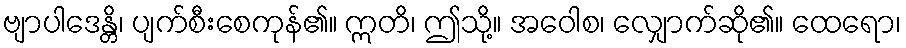
ဗျာပါဒေန္တိ၊ ပျက်စီးစေကုန်၏။ ဣတိ၊ ဤသို့။ အဝေါစ၊ လျှောက်ဆို၏။ ထေရော၊